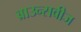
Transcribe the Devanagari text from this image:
ब्राउन्सवीज